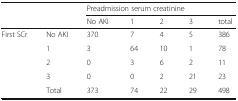
| <ROWSPAN=2-COLSPAN=2>  | <COLSPAN=5> Preadmission serum creatinine |
 | No AKI | 1 | 2 | 3 | total |
 | --- | --- | --- | --- | --- | --- | --- |
 | <ROWSPAN=4> First SCr | No AKI | 370 | 7 | 4 | 5 | 386 |
 | 1 | 3 | 64 | 10 | 1 | 78 |
 | 2 | 0 | 3 | 6 | 2 | 11 |
 | 3 | 0 | 0 | 2 | 21 | 23 |
 |  | Total | 373 | 74 | 22 | 29 | 498 |